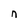
Character: n